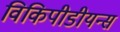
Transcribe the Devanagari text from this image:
विकिपीडीयन्स